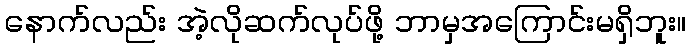
နောက်လည်း အဲ့လိုဆက်လုပ်ဖို့ ဘာမှအကြောင်းမရှိဘူး။